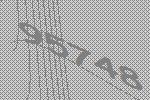
95748